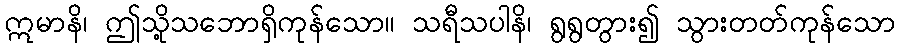
ဣမာနိ၊ ဤသို့သဘောရှိကုန်သော။ သရီသပါနိ၊ ရွရွတွား၍ သွားတတ်ကုန်သော